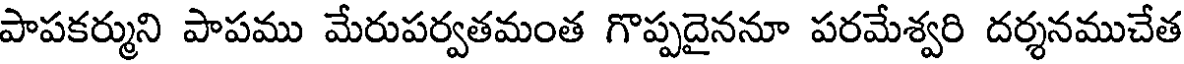
పాపకర్ముని పాపము మేరుపర్వతమంత గొప్పదైననూ పరమేశ్వరి దర్శనముచేత